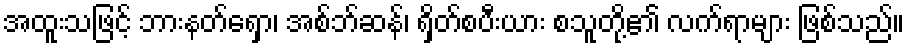
အထူးသဖြင့် ဘားနတ်ရှော၊ အစ်ဘ်ဆန်၊ ရှိတ်စပီးယား စသူတို့၏ လက်ရာများ ဖြစ်သည်။